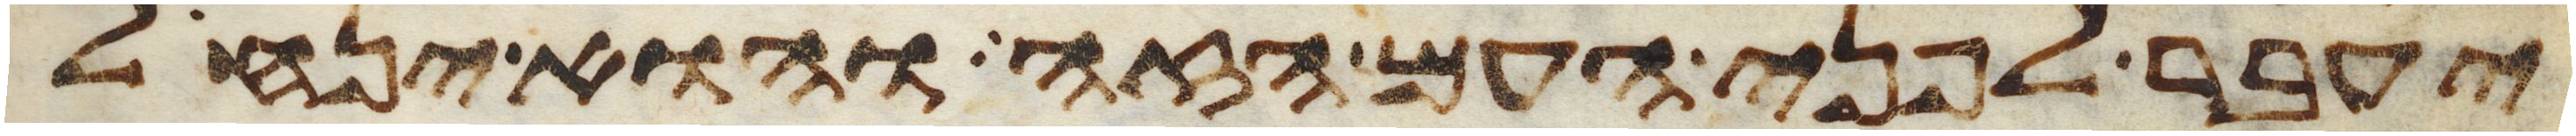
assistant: יעבר לפני העם הזה והוא ינחל